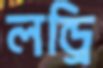
লন্ড্রি